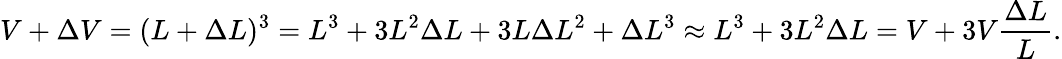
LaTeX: V+\Delta V=(L+\Delta L)^{3}=L^{3}+3L^{2}\Delta L+3L\Delta L^{2}+\Delta L^{3}\approx L^{3}+3L^{2}\Delta L=V+3V{\frac{\Delta L}{L}}.